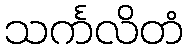
သင်္ကလိတံ